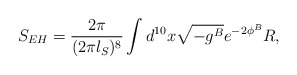
\begin{align*}{S_{EH} = {2\pi \over (2\pi l_S)^8} \int d^{10} x \sqrt{-g^{B}} e^{-2\phi^B} R ,}\end{align*}